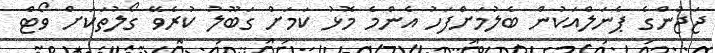
ޖަޖުންގެ ޕެނަލްއަކުން ބެލުމަށްފަހު އެންމެ މޮޅު ކަމަށް ގަބޫލު ކުރެވޭ ގޯލުތަކަށް ވޯޓް